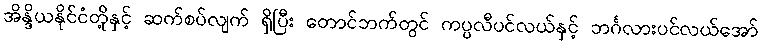
အိန္ဒိယနိုင်ငံတို့နှင့် ဆက်စပ်လျက် ရှိပြီး တောင်ဘက်တွင် ကပ္ပလီပင်လယ်နှင့် ဘင်္ဂလားပင်လယ်အော်